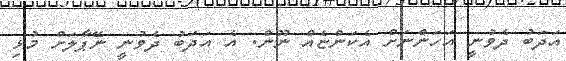
އަދަބު ދެވުނީ އަހަންނަށް އެކަންޏެއް ނޫން. އެ އަދަބު ދެވުނީ ނޭޕާލަށް މުޅި